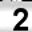
Digit: 2